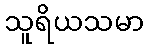
သူရိယသမာ